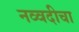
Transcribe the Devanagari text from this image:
नव्वदीचा